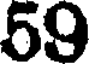
59